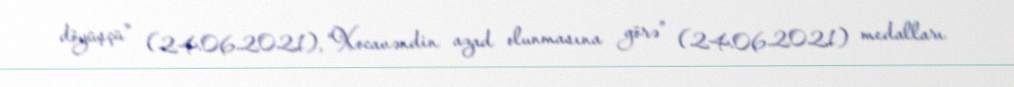
döyüşçü” (24.06.2021), “Xocavəndin azad olunmasına görə” (24.06.2021) medalları